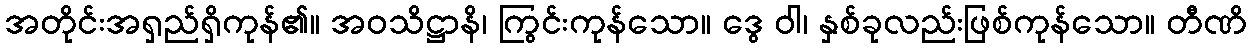
အတိုင်းအရှည်ရှိကုန်၏။ အဝသိဋ္ဌာနိ၊ ကြွင်းကုန်သော။ ဒွေ ဝါ၊ နှစ်ခုလည်းဖြစ်ကုန်သော။ တီဏိ